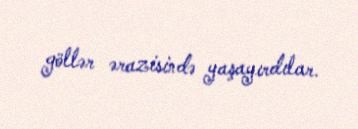
göllər ərazisində yaşayırdılar.